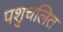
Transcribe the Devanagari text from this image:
पशुचलित